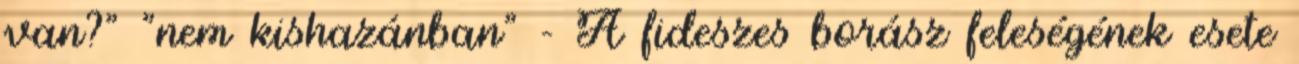
van?" "nem kishazánban" - A fideszes borász feleségének esete